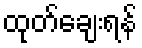
ထုတ်ချေးရန်